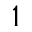
^ 1